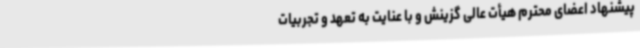
پیشنهاد اعضای محترم هیأت عالی گزینش و با عنایت به تعهد و تجربیات